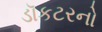
ડૉકટરનો